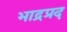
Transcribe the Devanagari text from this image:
भाद्रप्रद